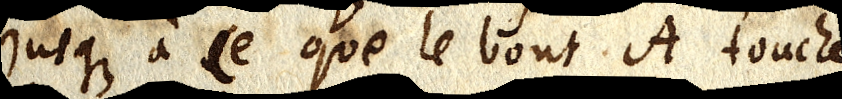
jusques a ce que le bout A touche